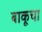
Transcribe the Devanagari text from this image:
बाकूचा